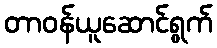
တာဝန်ယူဆောင်ရွက်